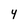
Character: y